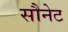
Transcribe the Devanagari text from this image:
सौनेट